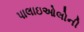
પાલાઇઓલોની